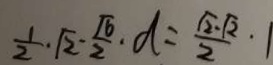
\frac { 1 } { 2 } \cdot \sqrt { 2 } \cdot \frac { \sqrt { 6 } } { 2 } \cdot d = \frac { \sqrt { 2 } \cdot \sqrt { 2 } } { 2 } \cdot 1